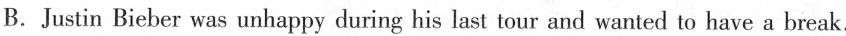
B. Justin Bieber was unhappy during his last tour and wanted to have a break.